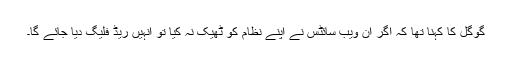
گوگل کا کہنا تھا کہ اگر ان ویب سائٹس نے اپنے نظام کو ٹھیک نہ کیا تو انہیں ریڈ فلیگ دیا جائے گا۔